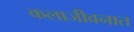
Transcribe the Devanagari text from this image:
कलाजीवनात